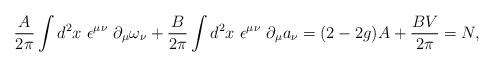
LaTeX: \begin{align*}\frac{A}{2\pi}\int d^2x~ \epsilon^{\mu\nu}~\partial_{\mu}\omega_{\nu}+\frac{B}{2\pi}\int d^2x~ \epsilon^{\mu\nu}~\partial_{\mu}a_{\nu}=(2-2 g) A+ \frac{B V}{2\pi}=N,\end{align*}